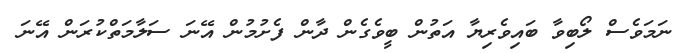
ނަމަވެސް ލޯބިވާ ބައިވެރިޔާ އަތުން ބީވެގެން ދާން ފެށުމުން އޭނަ ސަލާމަތްކުރަން އޭނަ